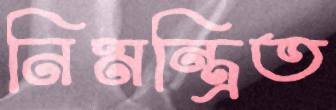
নিমন্ত্রিত